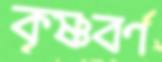
কৃষ্ণবর্ণ